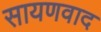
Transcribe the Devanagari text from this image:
सायणवाद